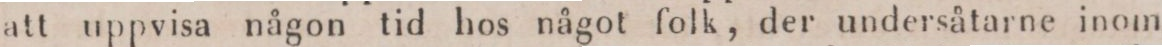
att uppvisa någon tid hos något folk, der undersåtarne inom